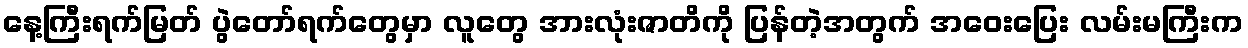
နေ့ကြီးရက်မြတ် ပွဲတော်ရက်တွေမှာ လူတွေ အားလုံးဇာတိကို ပြန်တဲ့အတွက် အဝေးပြေး လမ်းမကြီးက